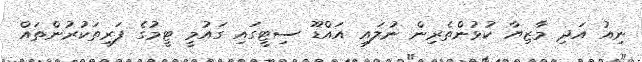
ނިއު އަދި މާޒިޔާ ކުޅުންތެރިން ނުލައި އައްޑޫ ސިޓީގައި ގައުމީ ޓީމުގެ ފަރިތަކުރުންތައް